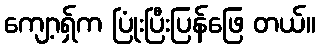
ကျော့ရှ်က ပြုံးပြီးပြန်ဖြေ တယ်။